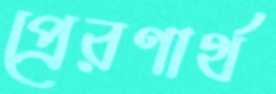
প্রেরণার্থ